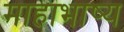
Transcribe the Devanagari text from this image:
माहाभाष्य